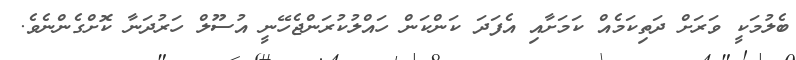
ބެލުމަކީ ވަރަށް ދަތިކަމެއް ކަމަށާއި އެފަދަ ކަންކަން ހައްލުކުރަންޖެހޭނީ އުސޫލް ހަރުދަނާ ކޮށްގެންނެވެ.